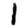
Digit: 1